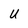
Character: u